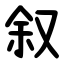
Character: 叙